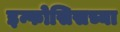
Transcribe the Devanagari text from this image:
इन्फोसिसच्या